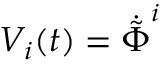
V _ { i } ( t ) = \dot { \tilde { \Phi } } ^ { i }